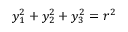
y _ { 1 } ^ { 2 } + y _ { 2 } ^ { 2 } + y _ { 3 } ^ { 2 } = r ^ { 2 }